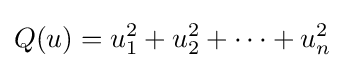
Q(u)=u_{1}^{2}+u_{2}^{2}+\cdots +u_{n}^{2}